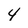
Character: 4